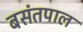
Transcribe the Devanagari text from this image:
बसंतपाल